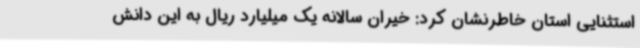
استثنایی استان خاطرنشان کرد: خیران سالانه یک میلیارد ریال به این دانش